Newspaper: The Iola register. [volume]
Place of publication: Iola, Kan.
Publisher: Allison & Perkins
Date: 1890-12-05 00:00:00
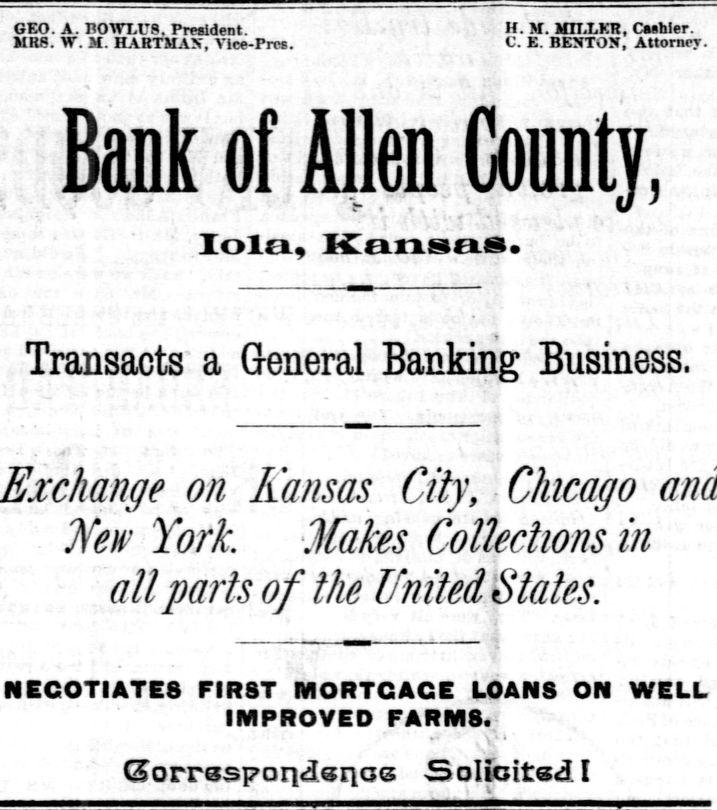
Advertisement text (OCR):
GEO. A. BOWLUS. President. MRS. YT. 21. HARTMAX, Vice-Prcs. ink of Allen County, Zola., Kansas. Transacts' a General Banking Business. on Kansas City, - Chicago New York Makes Collections in all parts of the United States. NEGOTIATES FIRST MORTGAGE LOANS ON WELL IMPROVED FARMS. Gorrssp a rubrics SoIfcitst&I H. ST. ITJLLKIl, Cashier. C. E. BENTON, Attorney.
Label: text-only